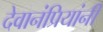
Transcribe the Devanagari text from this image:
देवानंप्रियांनी